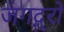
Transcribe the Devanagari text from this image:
जगद्गुरो